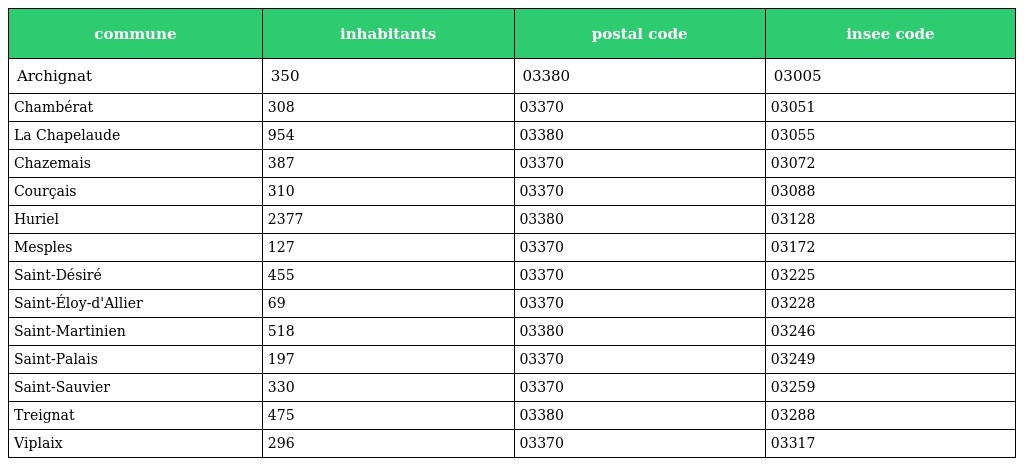
| commune | inhabitants | postal code | insee code |
 | --- | --- | --- | --- |
 | Archignat | 350 | 03380 | 03005 |
 | Chambérat | 308 | 03370 | 03051 |
 | La Chapelaude | 954 | 03380 | 03055 |
 | Chazemais | 387 | 03370 | 03072 |
 | Courçais | 310 | 03370 | 03088 |
 | Huriel | 2377 | 03380 | 03128 |
 | Mesples | 127 | 03370 | 03172 |
 | Saint-Désiré | 455 | 03370 | 03225 |
 | Saint-Éloy-d'Allier | 69 | 03370 | 03228 |
 | Saint-Martinien | 518 | 03380 | 03246 |
 | Saint-Palais | 197 | 03370 | 03249 |
 | Saint-Sauvier | 330 | 03370 | 03259 |
 | Treignat | 475 | 03380 | 03288 |
 | Viplaix | 296 | 03370 | 03317 |